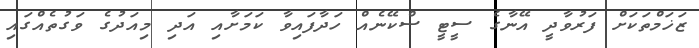
ޒަޚަމްތަކަށް ފަރުވާދީ އޭނާގެ ސީޓީ ސްކޭނެއް ހަދާފައިވާ ކަމަށާއި އަދި މިއަދުގެ ވަގުތެއްގައި